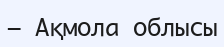
— Ақмола облысы